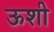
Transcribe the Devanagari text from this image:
ऊशी